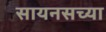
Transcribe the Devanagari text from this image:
सायनसच्या